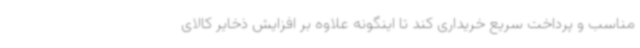
مناسب و پرداخت سریع خریداری کند تا اینگونه علاوه بر افزایش ذخایر کالای